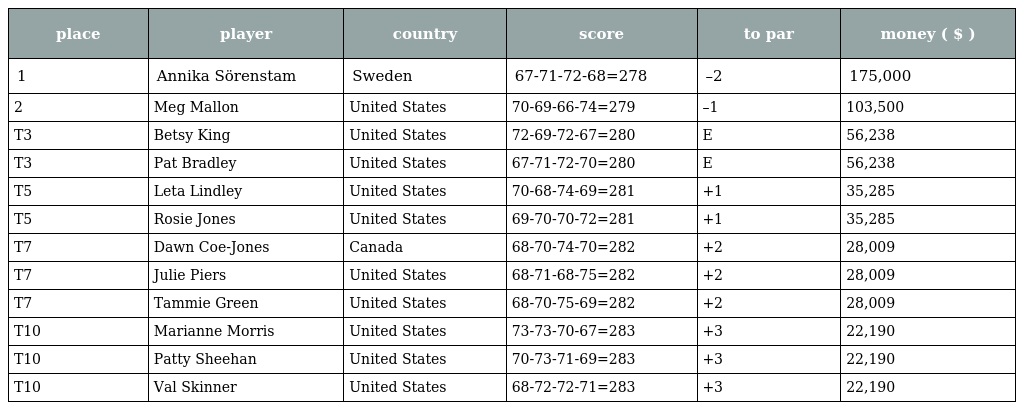
| place | player | country | score | to par | money ( $ ) |
 | --- | --- | --- | --- | --- | --- |
 | 1 | Annika Sörenstam | Sweden | 67-71-72-68=278 | –2 | 175,000 |
 | 2 | Meg Mallon | United States | 70-69-66-74=279 | –1 | 103,500 |
 | T3 | Betsy King | United States | 72-69-72-67=280 | E | 56,238 |
 | T3 | Pat Bradley | United States | 67-71-72-70=280 | E | 56,238 |
 | T5 | Leta Lindley | United States | 70-68-74-69=281 | +1 | 35,285 |
 | T5 | Rosie Jones | United States | 69-70-70-72=281 | +1 | 35,285 |
 | T7 | Dawn Coe-Jones | Canada | 68-70-74-70=282 | +2 | 28,009 |
 | T7 | Julie Piers | United States | 68-71-68-75=282 | +2 | 28,009 |
 | T7 | Tammie Green | United States | 68-70-75-69=282 | +2 | 28,009 |
 | T10 | Marianne Morris | United States | 73-73-70-67=283 | +3 | 22,190 |
 | T10 | Patty Sheehan | United States | 70-73-71-69=283 | +3 | 22,190 |
 | T10 | Val Skinner | United States | 68-72-72-71=283 | +3 | 22,190 |